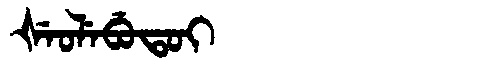
Manchu: ᡧᡝᠣᠯᡝᠪᡠᡨᠣᡳ
Romanization: ŠEOLEBUTOI